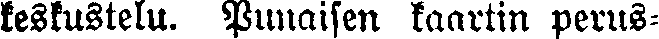
keskustelu. Punaisen kaartin perus-